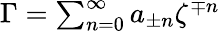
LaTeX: \begin{array}{r}{\Gamma=\sum_{n=0}^{\infty}a_{\pm n}\zeta^{\mp n}}\end{array}